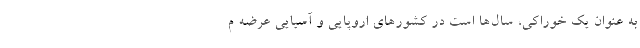
به عنوان یک خوراکی، سال­ها است در کشورهای اروپایی و آسیایی عرضه م